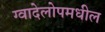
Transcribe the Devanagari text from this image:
ग्वादेलोपमधील